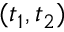
( t _ { 1 } , t _ { 2 } )